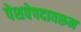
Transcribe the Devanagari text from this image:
पेशवेपदावरून